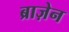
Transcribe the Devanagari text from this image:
ब्राज़ेन